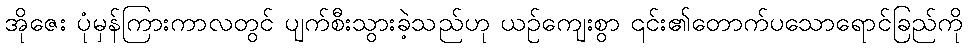
အိုဇေး ပုံမှန်ကြားကာလတွင် ပျက်စီးသွားခဲ့သည်ဟု ယဉ်ကျေးစွာ ၎င်း၏တောက်ပသောရောင်ခြည်ကို